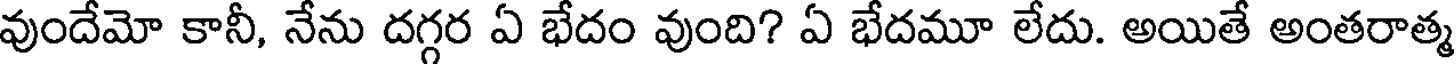
వుందేమో కానీ, నేను దగ్గర ఏ భేదం వుంది? ఏ భేదమూ లేదు. అయితే అంతరాత్మ